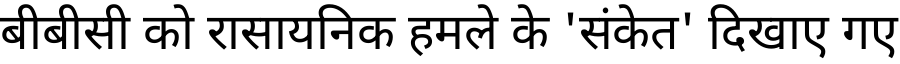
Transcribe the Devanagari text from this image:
बीबीसी को रासायनिक हमले के 'संकेत' दिखाए गए